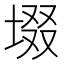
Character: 㙍